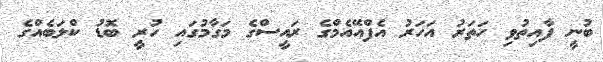
ބުނީ ފާއިތުވި ހަތަރު އަހަރު އެފްއޭއެމްގެ ރައީސްގެ މަގާމުގައި ހުރީ ބޮޑު ކްލަބެއްގެ